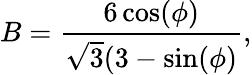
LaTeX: B=\frac{6\cos(\phi)}{\sqrt{3}(3-\sin(\phi)},